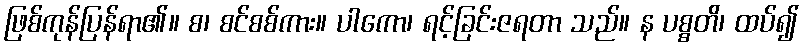
ဖြစ်ကုန်ပြန်ရာ၏။ စ၊ စင်စစ်ကား။ ပါကော၊ ရင့်ခြင်းဇရတာ သည်။ န ပစ္စတိ၊ ထပ်၍